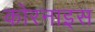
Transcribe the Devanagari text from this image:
कोरनाइस